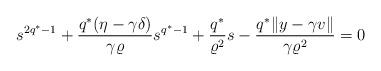
LaTeX: \begin{align*}s^{2q^*-1}+\frac{q^*(\eta-\gamma\delta)}{\gamma\varrho}s^{q^*-1}+\frac{q^*}{\varrho^2}s-\frac{q^*\|y-\gamma v\|}{\gamma\varrho^2}=0\end{align*}